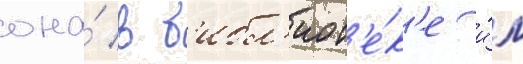
она́ в б'ибл'иот'е́к'е и́м